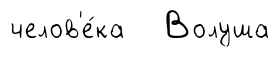
челов'е́ка Волуша